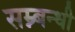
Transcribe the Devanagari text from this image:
सम्न्बन्धी